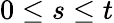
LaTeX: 0\leq s\leq t